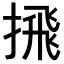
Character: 𪮕